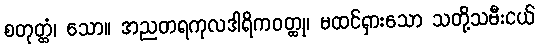
စတုတ္ထံ၊ သော။ အညတရကုလဒါရိကဝတ္ထု၊ မထင်ရှားသော သတို့သမီးငယ်